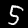
Digit: 5